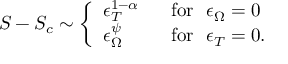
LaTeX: S - S _ { c } \sim \left\{ \begin{array} { l l } { { \epsilon _ { T } ^ { 1 - \alpha } } } & { { \ \ \mathrm { f o r } \ \ \epsilon _ { \Omega } = 0 } } \\ { { \epsilon _ { \Omega } ^ { \psi } } } & { { \ \ \mathrm { f o r } \ \ \epsilon _ { T } = 0 . } } \end{array} \right.